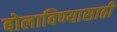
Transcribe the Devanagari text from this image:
बोलाविण्यासाठी